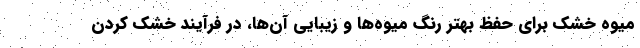
میوه خشک برای حفظ بهتر رنگ میوه‌ها و زیبایی آن‌ها، در فرآیند خشک کردن